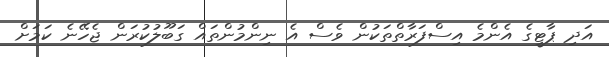
އަދި ޕާޓީގެ އެންމެ އިސްފަރާތްތަކުން ވެސް އެ ނިންމުންތައް ގަބޫލުކުރަން ޖެހޭނެ ކަމަށް